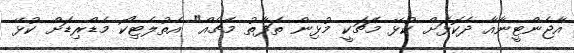
އާޖެންޓީނާއާ ދެކޮޅަށް ކުޅޭ މެޗަކީ މުޅިން ތަފާތު މެޗެއް" އެތުލެޓިކޯ މެޑްރިޑަށް ކުޅޭ